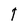
Character: t